Indian journal of veterinary science and animal husbandry - Volumes 26-27, 1956-1957
Year: 1956
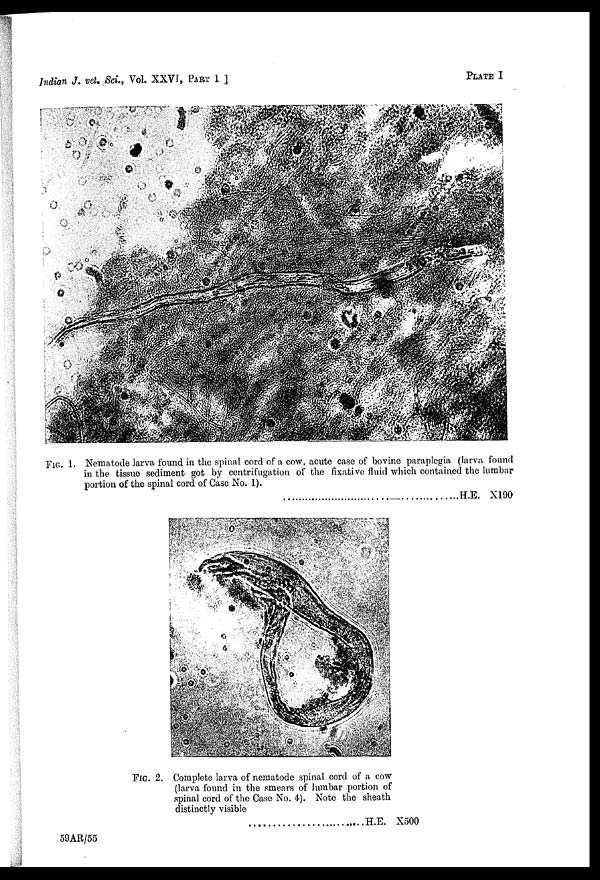
Indian J. vet. Sci., Vol. XXVI, PART 1 ]
PLATE
I
FIG. 1. Nematode larva found in the spinal cord of a cow, acute case of bovine paraplegia (larva found
in the tissue sediment got by centrifugation of the fixative fluid which contained the lumbar
portion of the spinal cord of Case No. 1).
H.E. ×190
FIG. 2. Complete larva of nematode spinal cord of a cow
(larva found in the smears of lumbar portion of
spinal cord of the Case No. 4). Note the sheath
distinctly visible
H.E. ×500
59AR/55